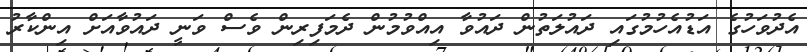
އެދުވަހުގެ އަޑުއެހުމުގައި ދައުލަތުން ދައުވާ އިއްވުމުން ދެމަފިރިން ވެސް ވަނީ ދައުވާއަށް އިންކާރު